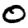
Digit: 0